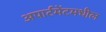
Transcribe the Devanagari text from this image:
अपार्टमेंटमधील